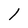
Character: 1